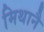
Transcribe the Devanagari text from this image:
मिथानै